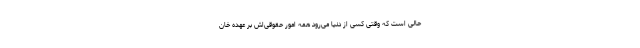
حالی است که وقتی کسی از دنیا می‌رود همه امور حقوقی‌اش بر عهده خان